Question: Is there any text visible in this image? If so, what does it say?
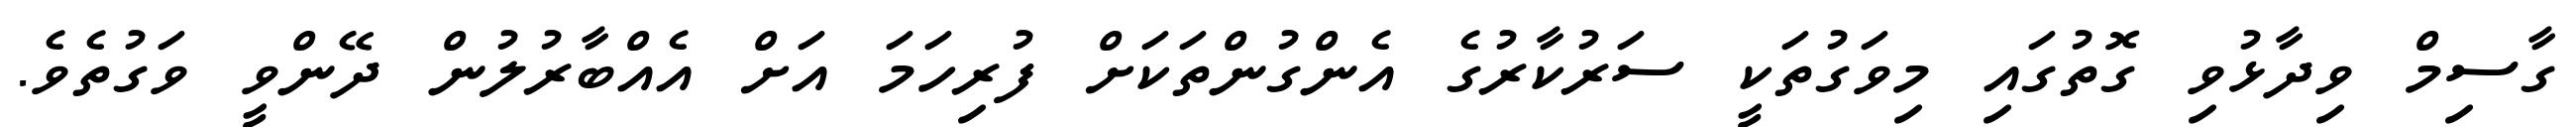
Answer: ގާސިމް ވިދާޅުވި ގޮތުގައި މިވަގުތަކީ ސަރުކާރުގެ އެންގުންތަކަށް ފުރިހަމަ އަށް އެއްބާރުލުން ދޭންވީ ވަގުތެވެ.